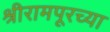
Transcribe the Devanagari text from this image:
श्रीरामपूरच्या